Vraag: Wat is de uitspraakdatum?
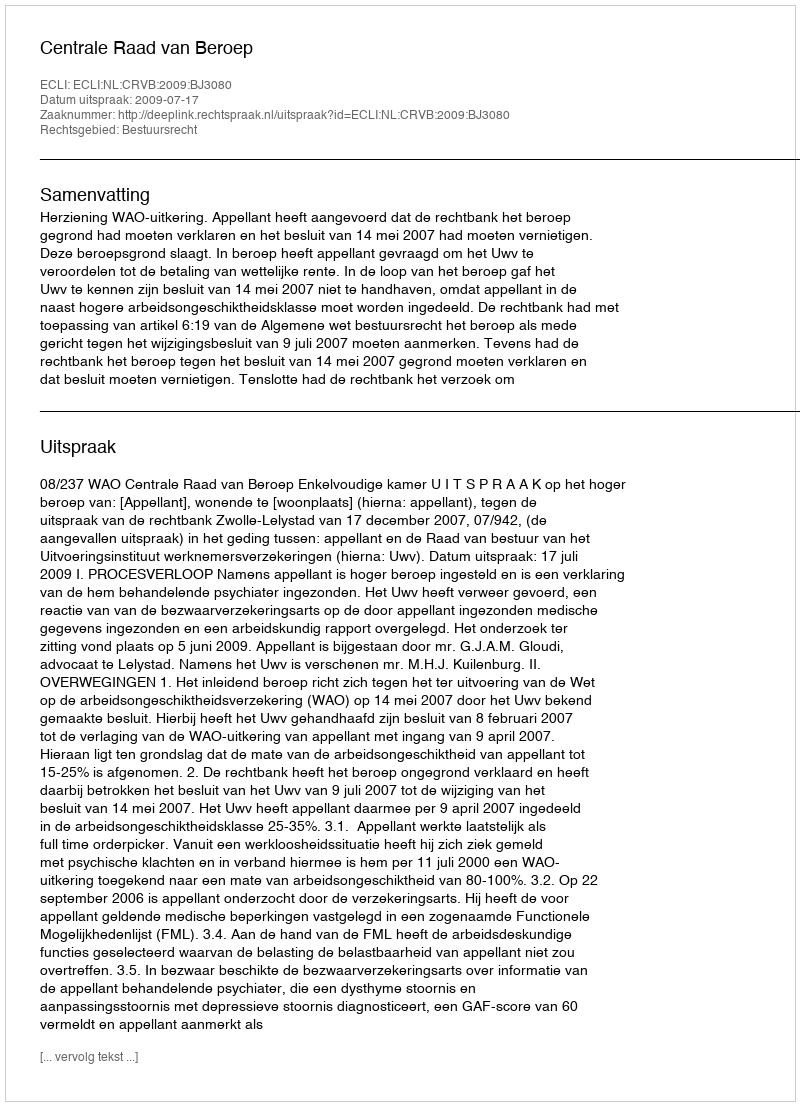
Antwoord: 2009-07-17